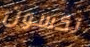
نكسون